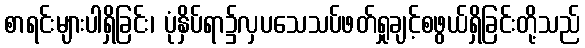
စာရင်းများပါရှိခြင်း၊ ပုံနှိပ်ရာ၌လှပသေသပ်ဖတ်ရှုချင့်စဖွယ်ရှိခြင်းတို့သည်